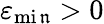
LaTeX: \varepsilon_{\operatorname*{mi\mathfrak{n}}}>0